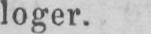
loger.